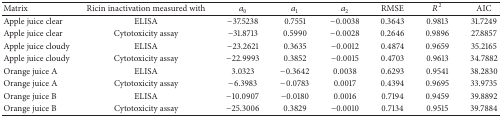
<table><thead><tr><td><b>Matrix</b></td><td><b>Ricin inactivation measured with</b></td><td><b><i>a</i><sub>0</sub></b></td><td><b><i>a</i><sub>1</sub></b></td><td><b><i>a</i><sub>2</sub></b></td><td><b>RMSE</b></td><td><b><i>R</i><sup>2</sup></b></td><td><b>AIC</b></td></tr></thead><tbody><tr><td>Apple juice clear</td><td>ELISA</td><td>−37.5238</td><td>0.7551</td><td>−0.0038</td><td>0.3643</td><td>0.9813</td><td>31.7249</td></tr><tr><td>Apple juice clear</td><td>Cytotoxicity assay</td><td>−31.8713</td><td>0.5990</td><td>−0.0028</td><td>0.2646</td><td>0.9896</td><td>27.8857</td></tr><tr><td>Apple juice cloudy</td><td>ELISA</td><td>−23.2621</td><td>0.3635</td><td>−0.0012</td><td>0.4874</td><td>0.9659</td><td>35.2165</td></tr><tr><td>Apple juice cloudy</td><td>Cytotoxicity assay</td><td>−22.9993</td><td>0.3852</td><td>−0.0015</td><td>0.4703</td><td>0.9613</td><td>34.7882</td></tr><tr><td>Orange juice A</td><td>ELISA</td><td>3.0323</td><td>−0.3642</td><td>0.0038</td><td>0.6293</td><td>0.9541</td><td>38.2830</td></tr><tr><td>Orange juice A</td><td>Cytotoxicity assay</td><td>−6.3983</td><td>−0.0783</td><td>0.0017</td><td>0.4394</td><td>0.9695</td><td>33.9735</td></tr><tr><td>Orange juice B</td><td>ELISA</td><td>−10.0907</td><td>−0.0180</td><td>0.0016</td><td>0.7194</td><td>0.9459</td><td>39.8892</td></tr><tr><td>Orange juice B</td><td>Cytotoxicity assay</td><td>−25.3006</td><td>0.3829</td><td>−0.0010</td><td>0.7134</td><td>0.9515</td><td>39.7884</td></tr></tbody></table>